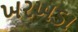
ખરખડા